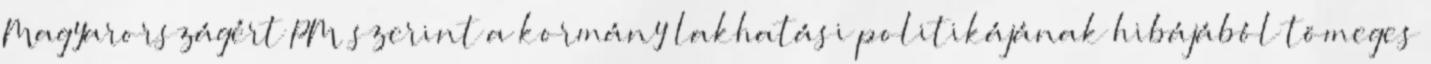
Magyarországért PM szerint a kormány lakhatási politikájának hibájából tömeges